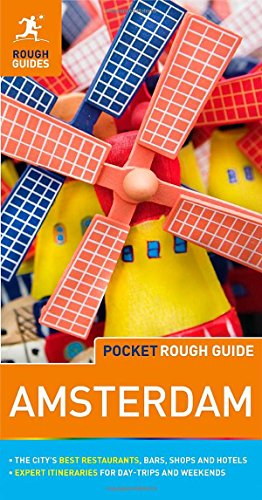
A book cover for Pocket Rough Guide Amsterdam (Rough Guide Pocket Guides); Rough Guides; Travel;